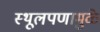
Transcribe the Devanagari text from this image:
स्थूलपणामुळे